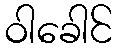
ဝါခေါင်